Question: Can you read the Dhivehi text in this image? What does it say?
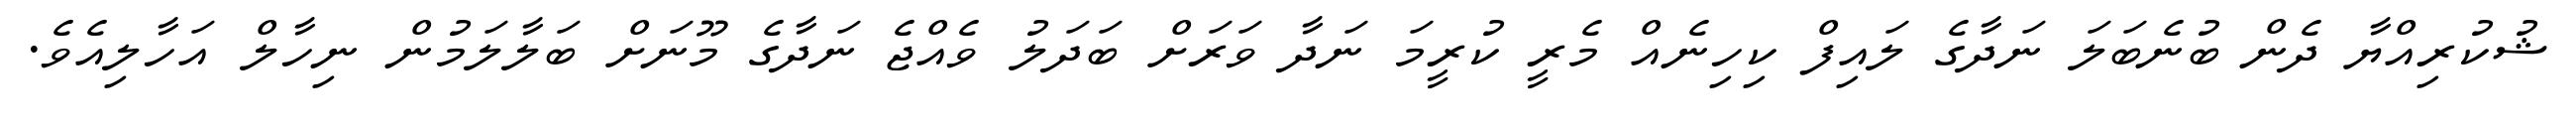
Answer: ޝުކުރިއްޔާ ދެން ބުނެބަލަ ނަދާގެ ލައިފް ކިހިނެއް މެރީ ކުރީމަ ނަދާ ވަރަށް ބަދަލު ވެއްޖެ ނަދާގެ މޫނަށް ބަލާލަމުން ނިހާލް އަހާލިއެވެ.